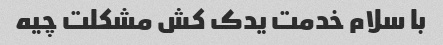
با سلام خدمت یدک کش مشکلت چیه